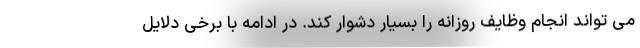
می تواند انجام وظایف روزانه را بسیار دشوار کند. در ادامه با برخی دلایل